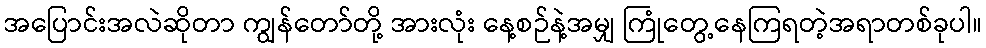
အပြောင်းအလဲဆိုတာ ကျွန်တော်တို့ အားလုံး နေ့စဉ်နဲ့အမျှ ကြုံတွေ့နေကြရတဲ့အရာတစ်ခုပါ။